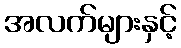
အလက်များနှင့်